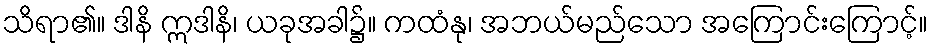
သိရာ၏။ ဒါနိ ဣဒါနိ၊ ယခုအခါ၌။ ကထံနု၊ အဘယ်မည်သော အကြောင်းကြောင့်။